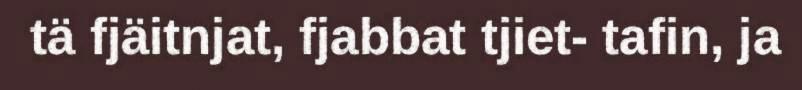
tä fjäitnjat, fjabbat tjiet- tafin, ja